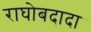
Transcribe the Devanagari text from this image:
राघोबदादा